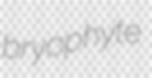
bryophyte